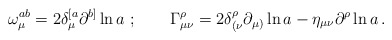
\begin{align*}\omega ^{ab}_\mu = 2 \delta_\mu^{[a} \partial ^{b]} \ln a \ ;\qquad\Gamma ^{\rho}_{\mu \nu} = 2 \delta_{(\nu}^{\rho}\partial_ {\mu )}\ln a - \eta_{\mu\nu}\partial^\rho \ln a\,.\end{align*}